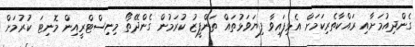
ގެންދިއުމަށާއި ރައްކާތެރިކަމަށް އެޅިފައިވާ ފިޔަވަޅުތައް ތަންފީޒު ކުރަމުން ގެންދޭތޯ މިނިސްޓްރީއިން މޮނިޓަ ކުރުމަށް